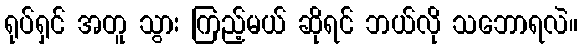
ရုပ်ရှင် အတူ သွား ကြည့်မယ် ဆိုရင် ဘယ်လို သဘောရလဲ။